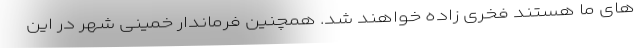
های ما هستند فخری زاده خواهند شد. همچنین فرماندار خمینی شهر در این